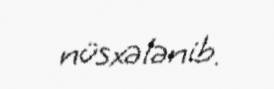
nüsxələnib.